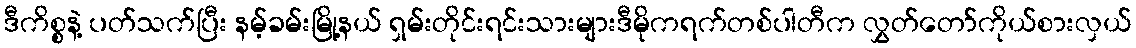
ဒီကိစ္စနဲ့ ပတ်သက်ပြီး နမ့်ခမ်းမြို့နယ် ရှမ်းတိုင်းရင်းသားများဒီမိုကရက်တစ်ပါတီက လွှတ်တော်ကိုယ်စားလှယ်